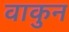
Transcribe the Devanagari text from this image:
वाकुन